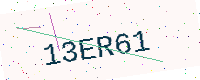
Text: 13ER61